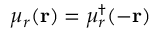
\mu _ { r } ( \mathbf { r } ) = \mu _ { r } ^ { \dagger } ( - \mathbf { r } )